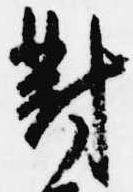
対